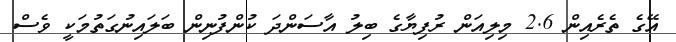
އޭގެ ތެރެއިން 2.6 މިލިއަން ރުފިޔާގެ ބިލު އާސަންދަ ކުންފުނިން ބަލައިނުގަތުމަކީ ވެސް